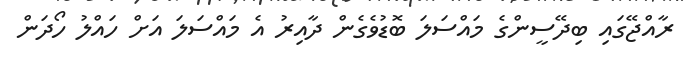
ރާއްޖޭގައި ބިދޭސީންގެ މައްސަލަ ބޮޑުވެގެން ދާއިރު އެ މައްސަލަ އަށް ހައްލު ހޯދަން